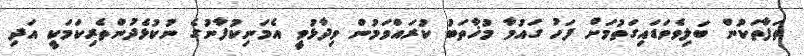
ތަފާތަކުން ބަލިވެވަޑައިގަތުމަށް ފަހު ގައުމާ މުޚާތަބު ކުރައްވަމުން ވިދާޅުވީ އެމަނިކުފާނުގެ ނުކުޅެދުންތެރިކަމަކީ އަދި